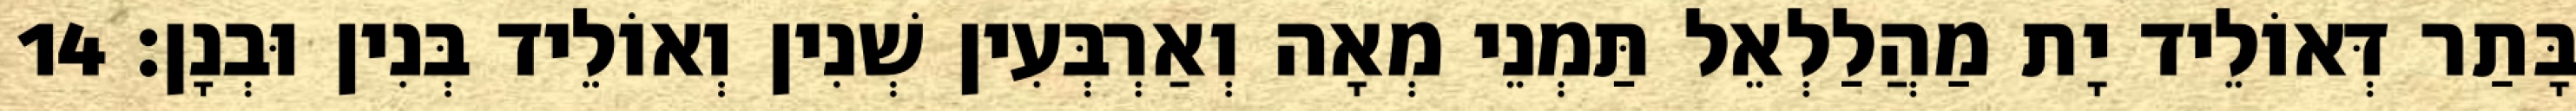
בָּתַר דְּאוֹלֵיד יָת מַהֲלַלְאֵל תַּמְנֵי מְאָה וְאַרְבְּעִין שְׁנִין וְאוֹלֵיד בְּנִין וּבְנָן׃ 14